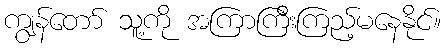
ကျွန်တော် သူ့ကို အကြာကြီးကြည့်မနေနိုင်။